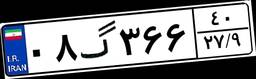
۶۱گ۹۲۱۲۳